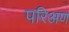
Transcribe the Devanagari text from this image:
परिअण